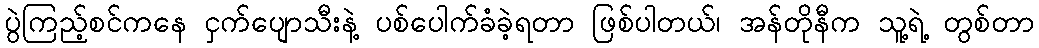
ပွဲကြည့်စင်ကနေ ငှက်ပျောသီးနဲ့ ပစ်ပေါက်ခံခဲ့ရတာ ဖြစ်ပါတယ်၊ အန်တိုနီက သူ့ရဲ့ တွစ်တာ